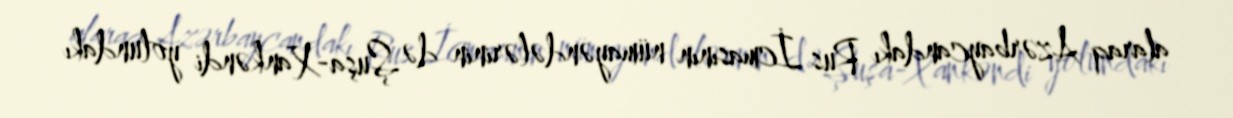
alaraq Azərbaycandakı Rus İcmasının nümayəndələrinin də Şuşa-Xankəndi yolundakı